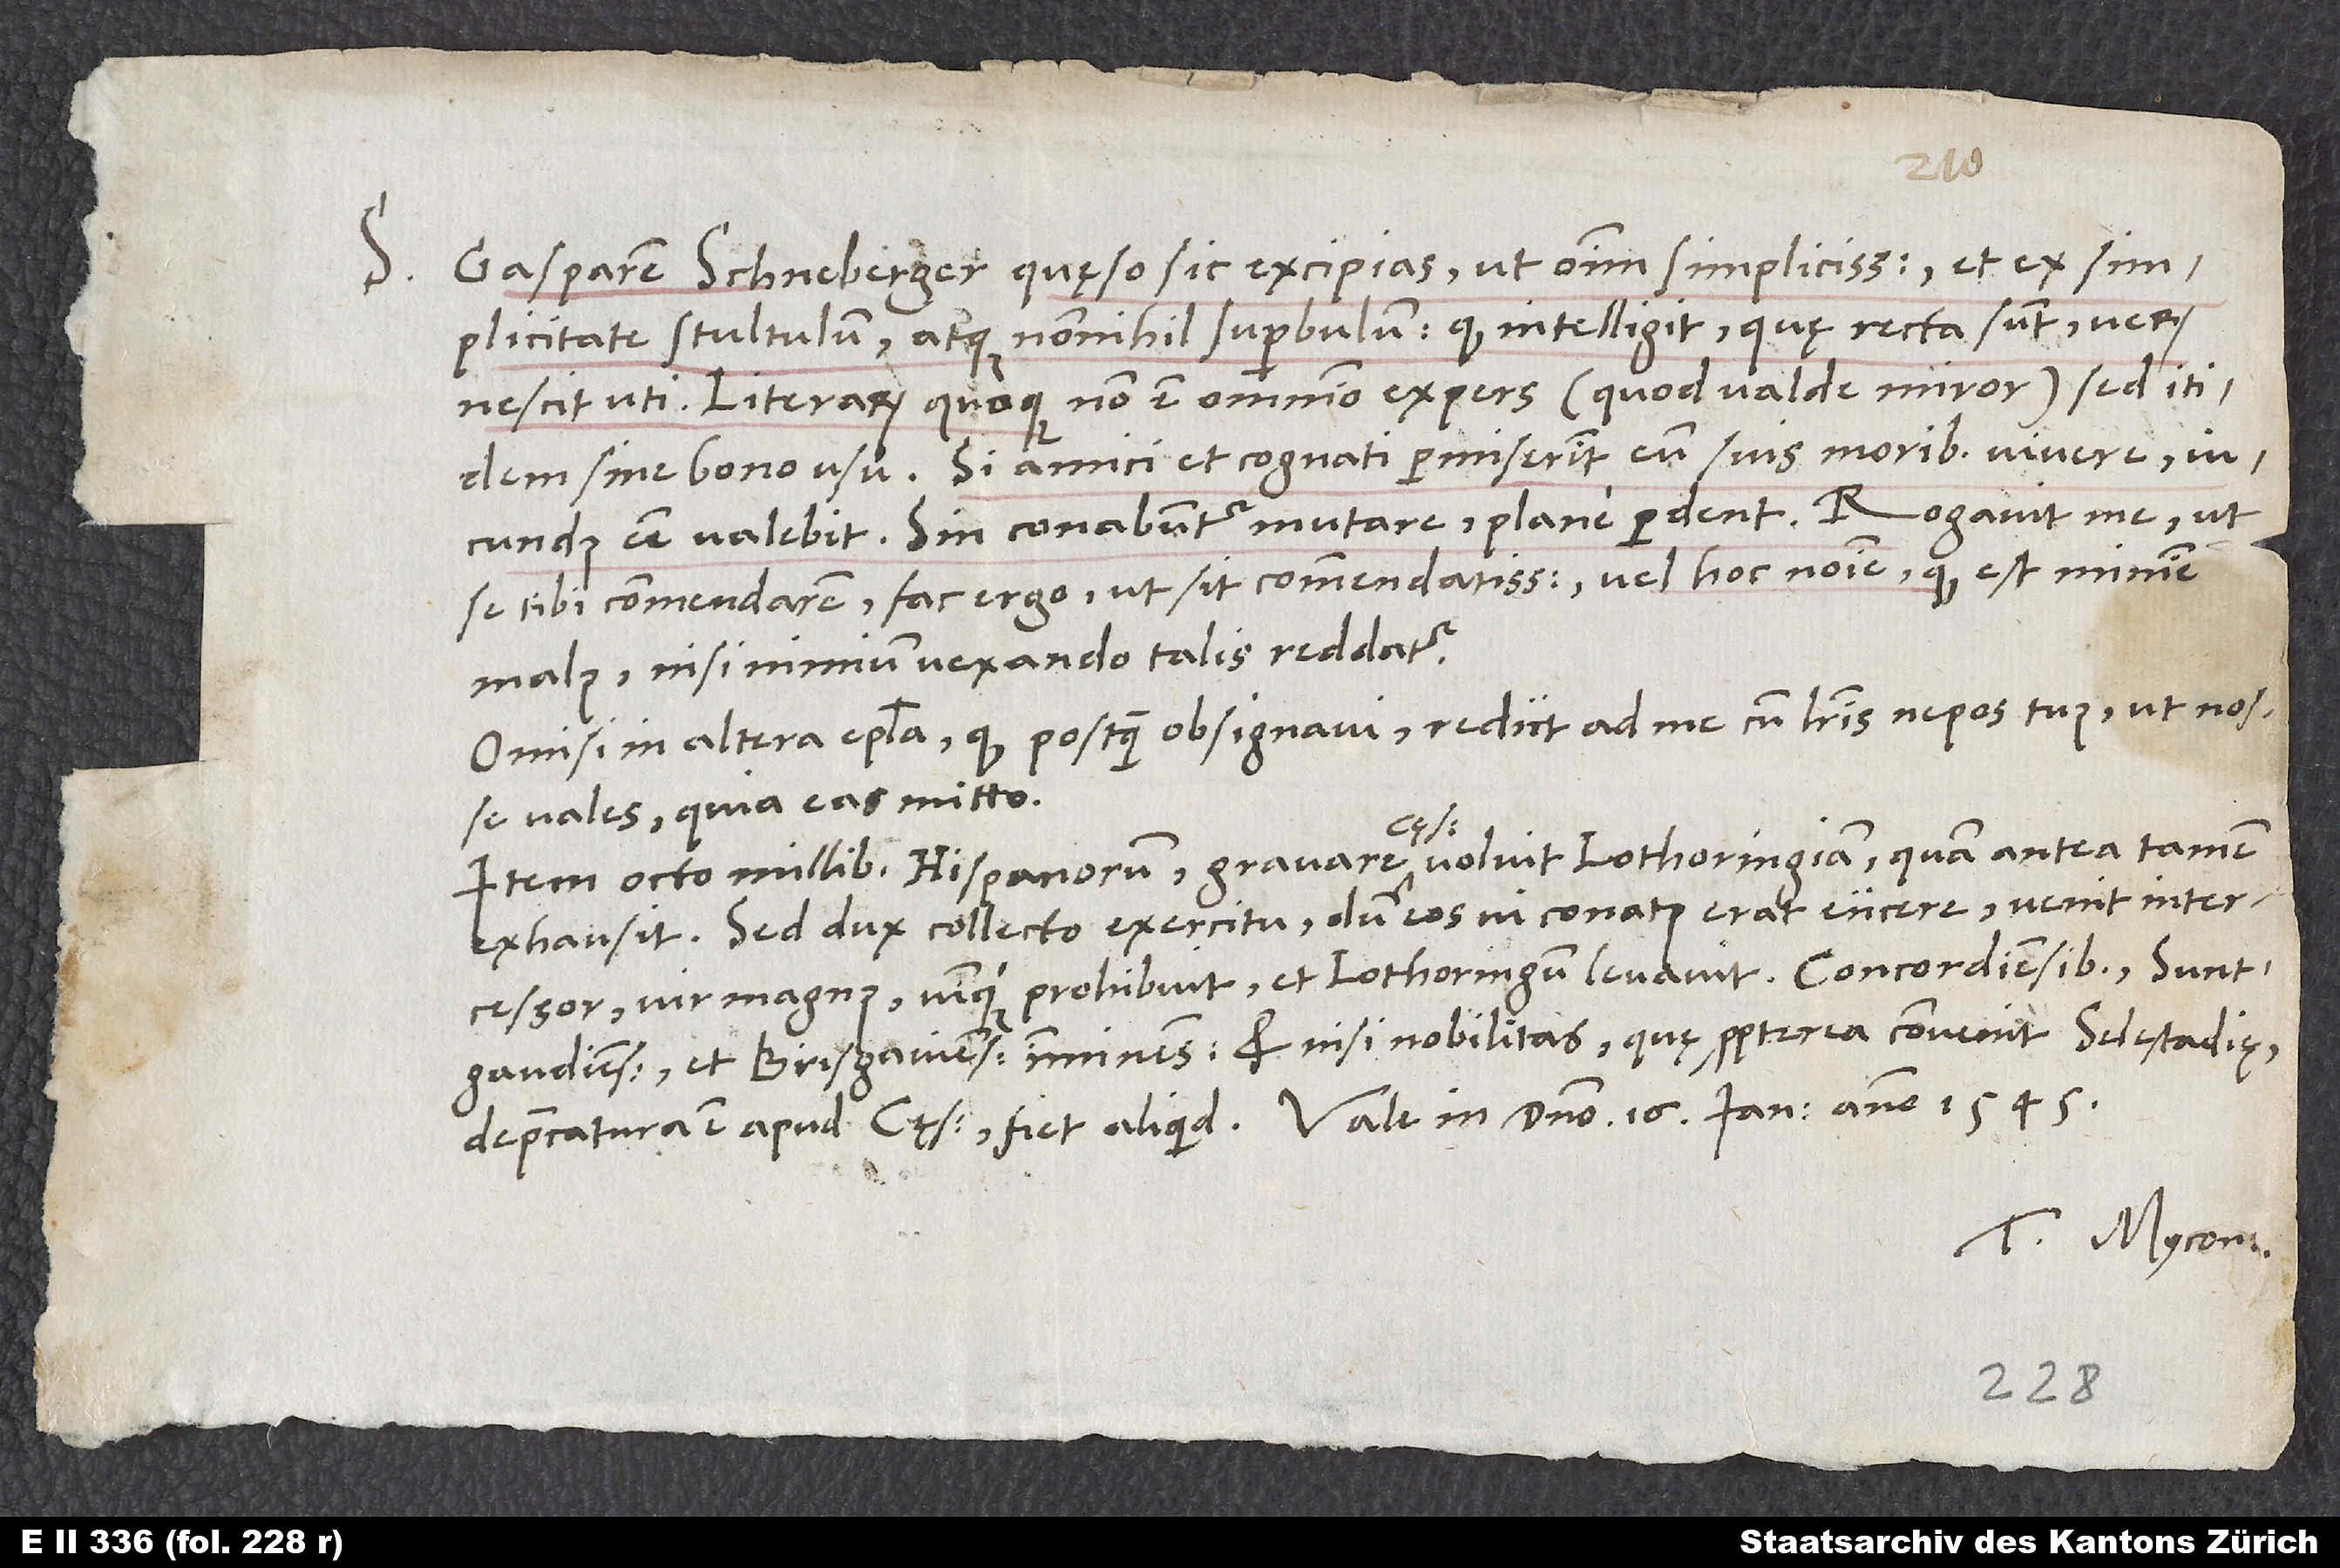
S.

Gasparem Schneberger, quęso, sic excipias, ut omnium simplicissimum et ex simplicitate
stultulum atque nonnihil superbulum; quod intelligit, quę recta sunt, verum
nescit uti. Literarum quoque non est omnino expers (quod valde miror), sed itidem
sine bono usu. Si amici et cognati permiserint eum suis moribus vivere,
iucundus esse valebit; sin conabuntur mutare, plane perdent. Rogavit me, ut
se tibi commendarem. Fac ergo, ut sit commendatissimus vel hoc nomine, quod est minime
malus, nisi nimium vexando talis reddatur.
Omisi in altera epistola, quod, postquam obsignavi, rediit ad me cum literis nepos tuus - ut nosse
vales, quia eas mitto.
Item octo millibus Hispanorum gravare cęsar voluit Lothoringiam, quam antea tamen
exhausit. Sed dux collecto exercitu dum eos vi conatus erat eiicere, venit intercessor,
vir magnus, vimque prohibuit et Lothoringum levavit, Concordiensibus,
Suntgaudiensibus et Brisgaviensibus imminens. Et nisi nobilitas, quę propterea convenit Selestadię,
Tuus Mycon.